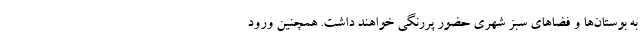
به بوستان‌ها و فضا‌های سبز شهری حضور پررنگی خواهند داشت. همچنین ورود